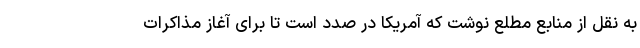
به نقل از منابع مطلع نوشت که آمریکا در صدد است تا برای آغاز مذاکرات